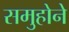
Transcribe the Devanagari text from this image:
समुहोने